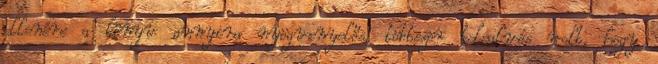
ellenére a könyv annyira nyögvenyelős, többször belealvós volt, hogy